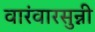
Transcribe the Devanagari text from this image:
वारंवारसुन्नी